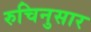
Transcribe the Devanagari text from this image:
रुचिनुसार